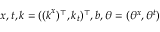
\boldsymbol { x } , t , \boldsymbol { k } = ( ( \boldsymbol { k } ^ { x } ) ^ { \top } , k _ { t } ) ^ { \top } , b , \theta = ( \theta ^ { x } , \theta ^ { t } )